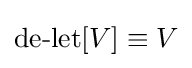
\operatorname {de-let} [V]\equiv V